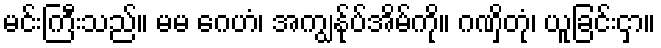
မင်းကြီးသည်။ မမ ဂေဟံ၊ အကျွန်ုပ်အိမ်ကို။ ဂဏှိတုံ၊ ယူခြင်းငှာ။